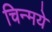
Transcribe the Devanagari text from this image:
चिन्मये